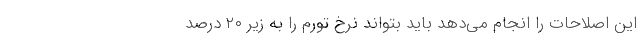
این اصلاحات را انجام می‌دهد باید بتواند نرخ تورم را به زیر ۲۰ درصد